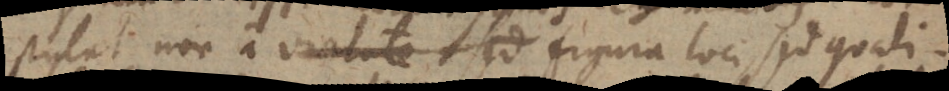
putat non a virtute, sed figura loci, sed quali-